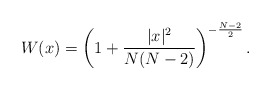
\begin{align*}W(x) = \left ( 1 + \frac{|x|^2}{N(N-2)} \right )^{-\frac{N-2}{2}}.\end{align*}